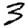
Digit: 3